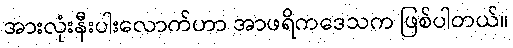
အားလုံးနီးပါးလောက်ဟာ အာဖရိကဒေသက ဖြစ်ပါတယ်။